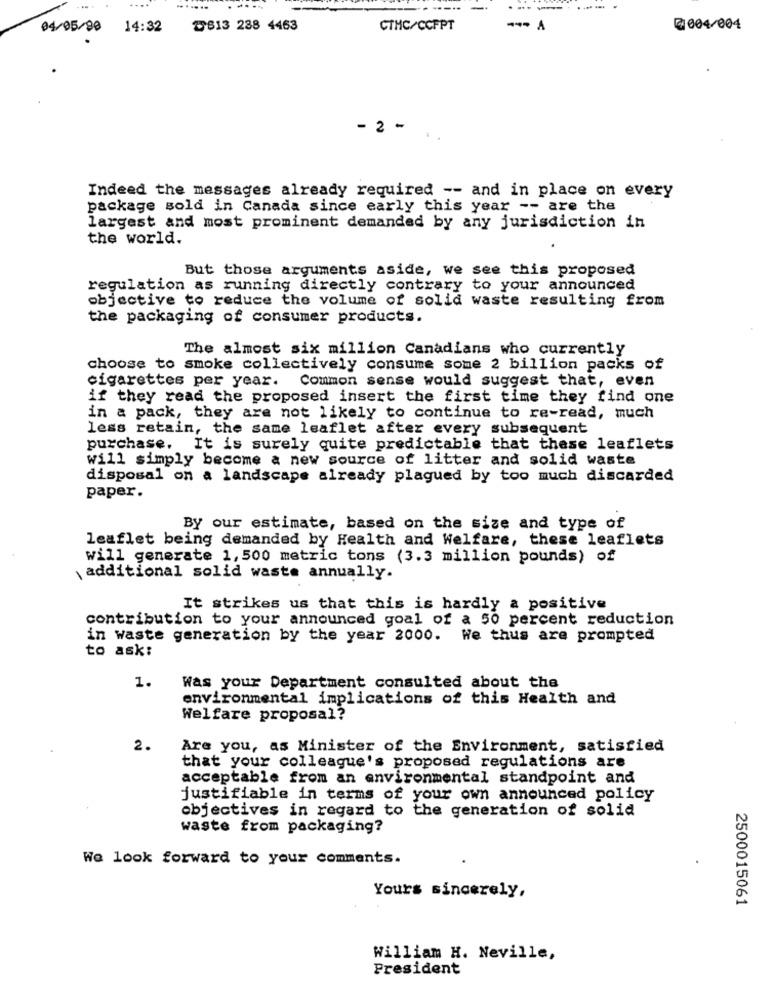
....
. .....
04/05/90 14:32
৳613 288 4463
CTMC/CCFPT
@004/004
- 2 -
Indeed the messages already required -- and in place on every
package sold in Canada since early this year -- are the
largest and most prominent demanded by any jurisdiction in
the world.
But those arguments aside, we see this proposed
regulation as running directly contrary to your announced
objective to reduce the volume of solid waste resulting from
the packaging of consumer products.
The almost six million Canadians who currently
choose to smoke collectively consume some 2 billion packs of
cigarettes per year. Common sense would suggest that, even
if they read the proposed insert the first time they find one
in a pack, they are not likely to continue to re-read, much
less retain, the same leaflet after every subsequent
purchase. It is surely quite predictable that these leaflets
will simply become a new source of litter and solid waste
disposal on a landscape already plagued by too much discarded
paper.
By our estimate, based on the size and type of
leaflet being demanded by Health and Welfare, these leaflets
Will generate 1, 500 metric tons (3.3 million pounds) of
additional solid waste annually.
It strikes us that this is hardly a positive
contribution to your announced goal of a 50 percent reduction
in waste generation by the year 2000. We thus are prompted
to ask:
1.
Was your Department consulted about the
environmental implications of this Health and
Welfare proposal?
2.
Are you, as Minister of the Environment, satisfied
that your colleague's proposed regulations are
acceptable from an environmental standpoint and
justifiable in terms of your own announced policy
objectives in regard to the generation of solid
waste from packaging?
We look forward to your comments.
Yours sincerely,
2500015061
William H. Neville,
President